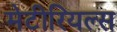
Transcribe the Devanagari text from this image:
मेटीरियल्स